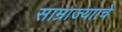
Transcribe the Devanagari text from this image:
साम्राज्यााचे